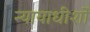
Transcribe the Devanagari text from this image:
न्यायाधीशोँ